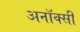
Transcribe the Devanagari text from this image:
अनॉक्सी